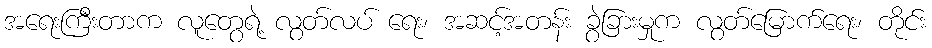
အရေးကြီးတာက လူတွေရဲ့ လွတ်လပ် ရေး၊ အဆင့်အတန်း ခွဲခြားမှုက လွတ်မြောက်ရေး၊ တိုင်း